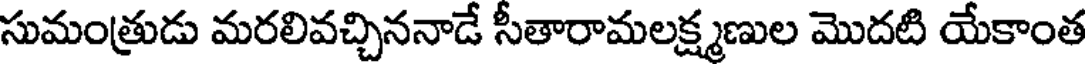
సుమంత్రుడు మరలివచ్చిననాడే సీతారామలక్ష్మణుల మొదటి యేకాంత